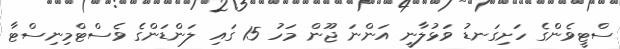
ސްޓީވެންގެ ހަށިގަނޑު ވަޅުލާނީ އަންނަ ޖޫން މަހު 15 ގައި ލަންޑަންގެ ވެސްޓްމިނިސްޓާ